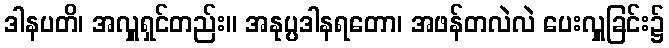
ဒါနပတိ၊ အလှူရှင်တည်း။ အနုပ္ပဒါနရတော၊ အဖန်တလဲလဲ ပေးလှူခြင်း၌